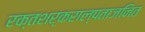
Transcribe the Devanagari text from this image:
रक्तशर्कराल्पताजनित